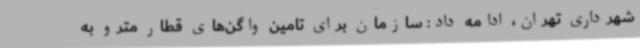
شهرداری تهران، ادامه داد: سازمان برای تامین واگن‌های قطار مترو به